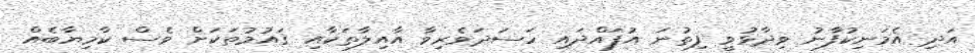
އަދި އެމަނިކުފާނު ވިދާޅުވީ ފިތުނަ އުފައްދައި ހަސަދަވެރިވާ އާއިލާތަކާއި ޤައުމުތަކަށް ވެސް ކާމިޔާބެއް